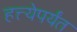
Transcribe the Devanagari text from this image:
हत्त्येपर्यंत